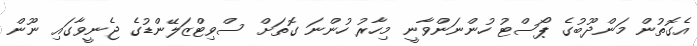
އެގޮތުން މަންދޫބުގެ ޕޯސްޓު ހުންނަންވާނީ މިހާރު ހުންނަ ގޮތަށް ސްވިޓްޒަލޭންޑުގެ ޖެނީވާގައި ނޫން